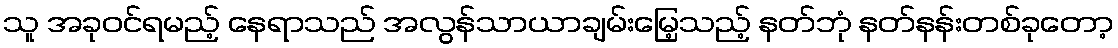
သူ အခုဝင်ရမည့် နေရာသည် အလွန်သာယာချမ်းမြေ့သည့် နတ်ဘုံ နတ်နန်းတစ်ခုတော့